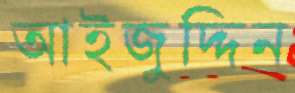
আইজুদ্দিন